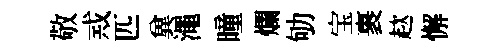
敬𢦶匹兾澠曈爛劬宝裹趑懈